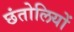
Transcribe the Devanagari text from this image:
छंतोलियों